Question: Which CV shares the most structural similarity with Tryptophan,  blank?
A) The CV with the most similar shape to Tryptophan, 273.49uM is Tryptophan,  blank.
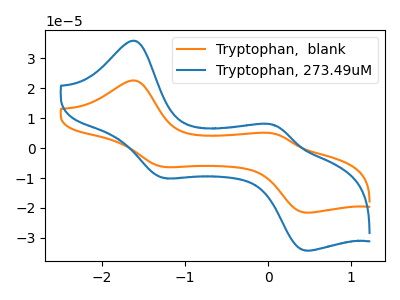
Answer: <think>The orange curve "Tryptophan,  blank" has anodic peaks at (-1.60V, 22.55uA) (0.10V, 4.80uA) and cathodic peaks at (-1.25V, -6.30uA) (0.45V, -21.55uA). The blue curve "Tryptophan, 273.49uM" has anodic peaks at (-1.60V, 35.75uA) (0.10V, 7.65uA) and cathodic peaks at (-1.25V, -10.00uA) (0.45V, -34.20uA).
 All the peaks in "Tryptophan,  blank" have a peak in "Tryptophan, 273.49uM" at the same potential. Every peak in "Tryptophan,  blank" is lower than every peak in "Tryptophan, 273.49uM".</think>
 <answer>A) The CV with the most similar shape to "Tryptophan, 273.49uM" is "Tryptophan,  blank".</answer>
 <eval>A</eval>